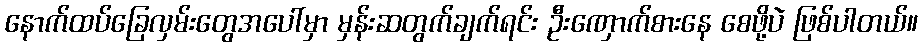
နောက်ထပ်ခြေလှမ်းတွေအပေါ်မှာ မှန်းဆတွက်ချက်ရင်း ဦးဏှောက်စားနေ စေဖို့ပဲ ဖြစ်ပါတယ်။